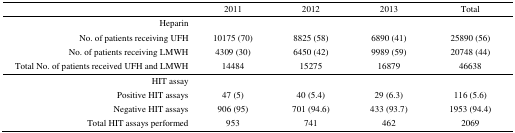
<table><thead><tr><td></td><td><b>2011</b></td><td><b>2012</b></td><td><b>2013</b></td><td><b>Total</b></td></tr></thead><tbody><tr><td>Heparin</td><td></td><td></td><td></td><td></td></tr><tr><td>No. of patients receiving UFH</td><td>10175 (70)</td><td>8825 (58)</td><td>6890 (41)</td><td>25890 (56)</td></tr><tr><td>No. of patients receiving LMWH</td><td>4309 (30)</td><td>6450 (42)</td><td>9989 (59)</td><td>20748 (44)</td></tr><tr><td>Total No. of patients received UFH and LMWH</td><td>14484</td><td>15275</td><td>16879</td><td>46638</td></tr><tr><td>HIT assay</td><td></td><td></td><td></td><td></td></tr><tr><td>Positive HIT assays</td><td>47 (5)</td><td>40 (5.4)</td><td>29 (6.3)</td><td>116 (5.6)</td></tr><tr><td>Negative HIT assays</td><td>906 (95)</td><td>701 (94.6)</td><td>433 (93.7)</td><td>1953 (94.4)</td></tr><tr><td>Total HIT assays performed</td><td>953</td><td>741</td><td>462</td><td>2069</td></tr></tbody></table>